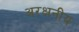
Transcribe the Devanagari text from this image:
अरक्षनीय